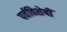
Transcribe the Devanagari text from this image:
पर्वविशेषीं